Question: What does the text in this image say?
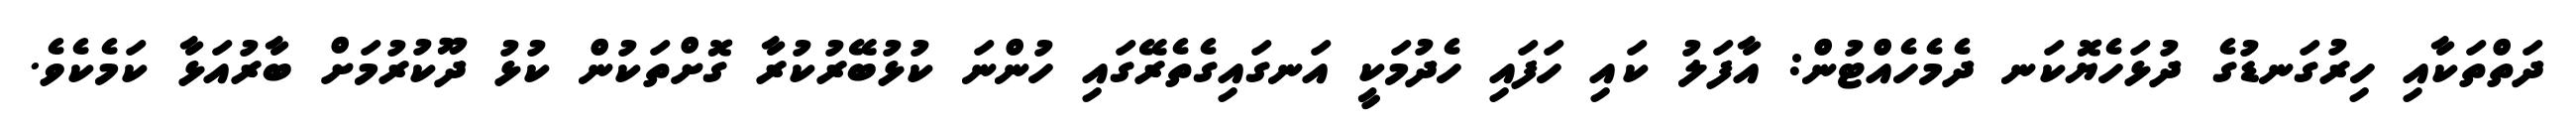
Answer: ދަތްތަކާއި ހިރުގަނޑުގެ ދުޅަހެޔޮކަނ ދެމެހެއްޓުން: އާފަލު ކައި ހަފައި ހެދުމަކީ އަނގައިގެތެރޭގައި ހުންނަ ކުޅުބޭރުކުރާ ގޮށްތަކުން ކުޅު ދޫކުރުމަށް ބާރުއަޅާ ކަމެކެވެ.